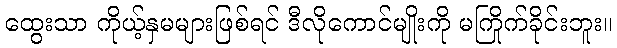
ထွေးသာ ကိုယ့်နှမများဖြစ်ရင် ဒီလိုကောင်မျိုးကို မကြိုက်ခိုင်းဘူး။